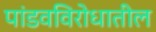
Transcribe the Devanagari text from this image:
पांडवविरोधातील